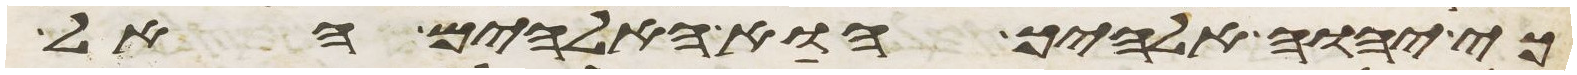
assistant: כי יהוה אלהיך הוא האלהים האל